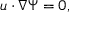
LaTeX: { \boldsymbol { u } } \cdot \nabla \Psi = 0 ,